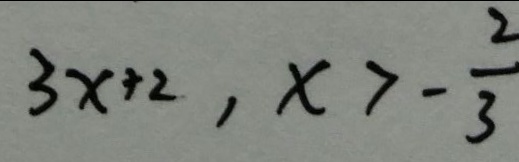
3 x + 2 , x > - \frac { 2 } { 3 }